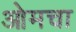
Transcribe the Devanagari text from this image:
ओमचा